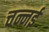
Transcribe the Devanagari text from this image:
चन्नई